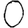
Digit: 0